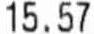
15.57